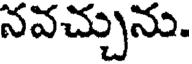
నవచ్చును.